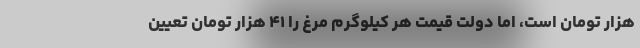
هزار تومان است، اما دولت قیمت هر کیلوگرم مرغ را ۴۱ هزار تومان تعیین